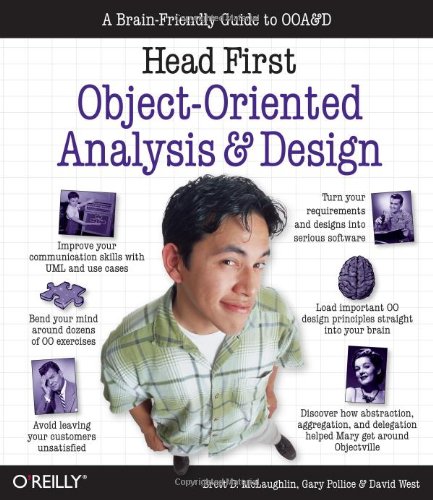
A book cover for Head First Object-Oriented Analysis and Design; Brett D. McLaughlin; Computers & Technology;